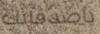
بأصدقائك